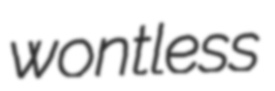
wontless